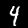
Label: 4